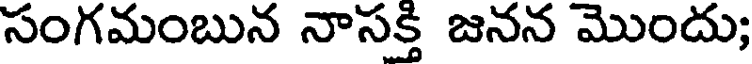
సంగమంబున నాసక్తి జనన మొందు;